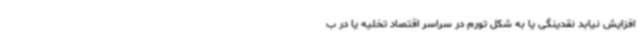
افزایش نیابد نقدینگی یا به شکل تورم در سراسر اقتصاد تخلیه یا در ب